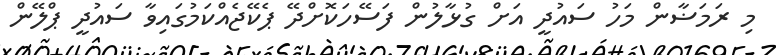
މި ރަމަޟާން މަހު ސައުދީ އަށް ގުޅާލުން ފަސޭހަކޮށްދޭ ޕެކޭޖެއްކަމުގައިވާ ސައުދީ ޕްލޭން